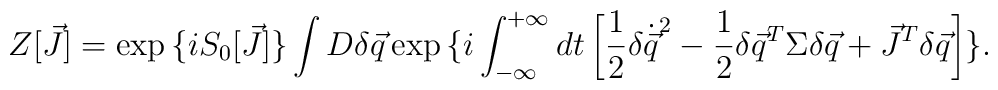
Z[\vec{J}] = \exp{\{i S_{0}[\vec{J}]\}} \int D\delta\vec{q} \exp{\{i\int^{+\infty}_{-\infty} dt \left[\frac{1}{2}\delta\dot{\vec{q}}^{2} -\frac{1}{2}\delta\vec{q}^{T} \Sigma \delta\vec{q} + \vec{J}^{T}\delta\vec{q} \right]\}}.